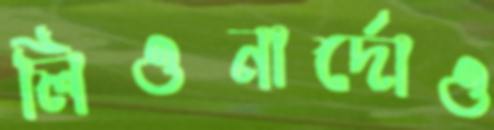
লিওনার্দোও